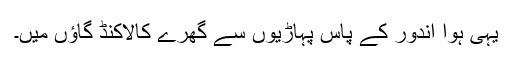
یہی ہوا اندور کے پاس پہاڑیوں سے گھرے كالاكنڈ گاؤں میں۔